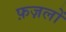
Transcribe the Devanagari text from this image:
फ़ज़लों